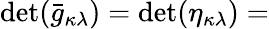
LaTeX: \operatorname*{det}({\bar{g}}_{\kappa\lambda})=\operatorname*{det}(\eta_{\kappa\lambda})=